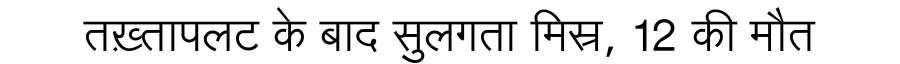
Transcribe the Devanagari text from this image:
तख़्तापलट के बाद सुलगता मिस्र, 12 की मौत